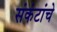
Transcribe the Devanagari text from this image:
संकंटांचे